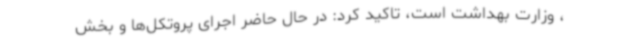
، وزارت بهداشت است، تاکید کرد: در حال حاضر اجرای پروتکل‌ها و بخش